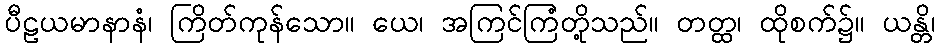
ပီဠယမာနာနံ၊ ကြိတ်ကုန်သော။ ယေ၊ အကြင်ကြံတို့သည်။ တတ္ထ၊ ထိုစက်၌။ ယန္တိ၊